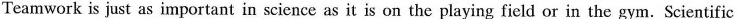
Teamwork is just as important in science as it is on the playing field or in the gym. Scientific